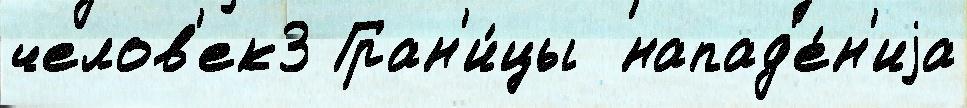
челов'ек3 Гран'и́цы  напад'е́н'иjа